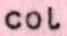
col